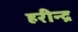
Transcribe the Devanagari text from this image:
हरीन्द्र